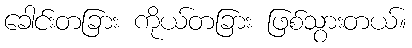
ခေါင်းတခြား ကိုယ်တခြား ဖြစ်သွားတယ်။